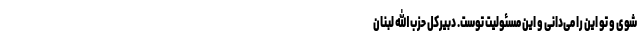
شوی و تو این را می‌دانی و این مسئولیت توست. دبیرکل حزب الله لبنان